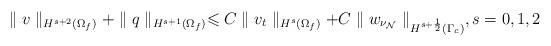
LaTeX: \begin{align*}\parallel v\parallel_{H^{s+2}(\Omega_f)}+\parallel q\parallel_{H^{s+1}(\Omega_f)}\leqslant C\parallel v_t\parallel_{H^{s}(\Omega_f)}+C\parallel w_{\nu_{\mathcal{N}}}\parallel_{H^{s+\frac{1}{2}}(\Gamma_c)},s=0,1,2\end{align*}